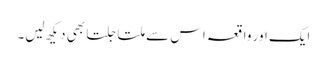
ایک اور واقعہ اس سے ملتا جلتا بھی دیکھ لیں۔